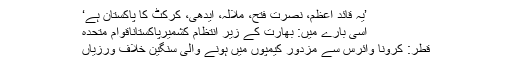
’یہ قائد اعظم، نصرت فتح، ملالہ، ایدھی، کرکٹ کا پاکستان ہے‘
اسی بارے میں: بھارت کے زیر انتظام کشمیرپاکستاناقوام متحدہ
قطر: کرونا وائرس سے مزدور کیمپوں میں ہونے والی سنگین خلاف ورزیاں